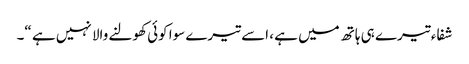
شفاء تیرے ہی ہاتھ میں ہے ، اسے تیرے سوا کوئی کھولنے والا نہیں ہے “۔